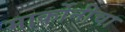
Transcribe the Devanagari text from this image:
मार्कोनीचा